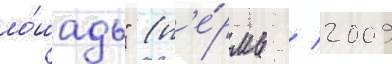
ло́шадь" (п'е́рмь / 2009